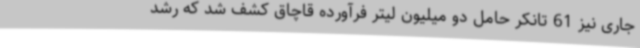
جاری نیز 61 تانکر حامل دو میلیون لیتر فرآورده قاچاق کشف شد که رشد